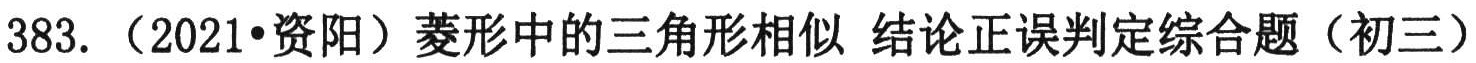
383. （2021•资阳）菱形中的三角形相似 结论正误判定综合题（初三）